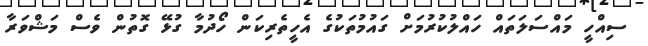
ސިއްހީ މައްސަލަތައް ހައްލުކުރުމަށް ގައުމުތަކުގެ އެހީތެރިކަން ހޯދުމާ ގުޅޭ ގޮތުން ވެސް މަޝްވަރާ